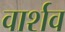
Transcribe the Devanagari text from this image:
वार्शव